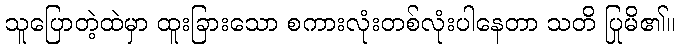
သူပြောတဲ့ထဲမှာ ထူးခြားသော စကားလုံးတစ်လုံးပါနေတာ သတိ ပြုမိ၏။